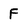
Character: F